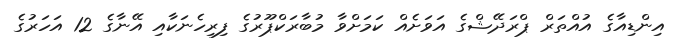
އިންޑިއާގެ އުއްތަރް ޕްރަދޭޝްގެ އަވަށެއް ކަމަށްވާ މުބާރަކްޕޫރުގެ ފިރިހެނަކާއި އޭނާގެ 12 އަހަރުގެ